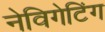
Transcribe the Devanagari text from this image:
नेविगेटिंग